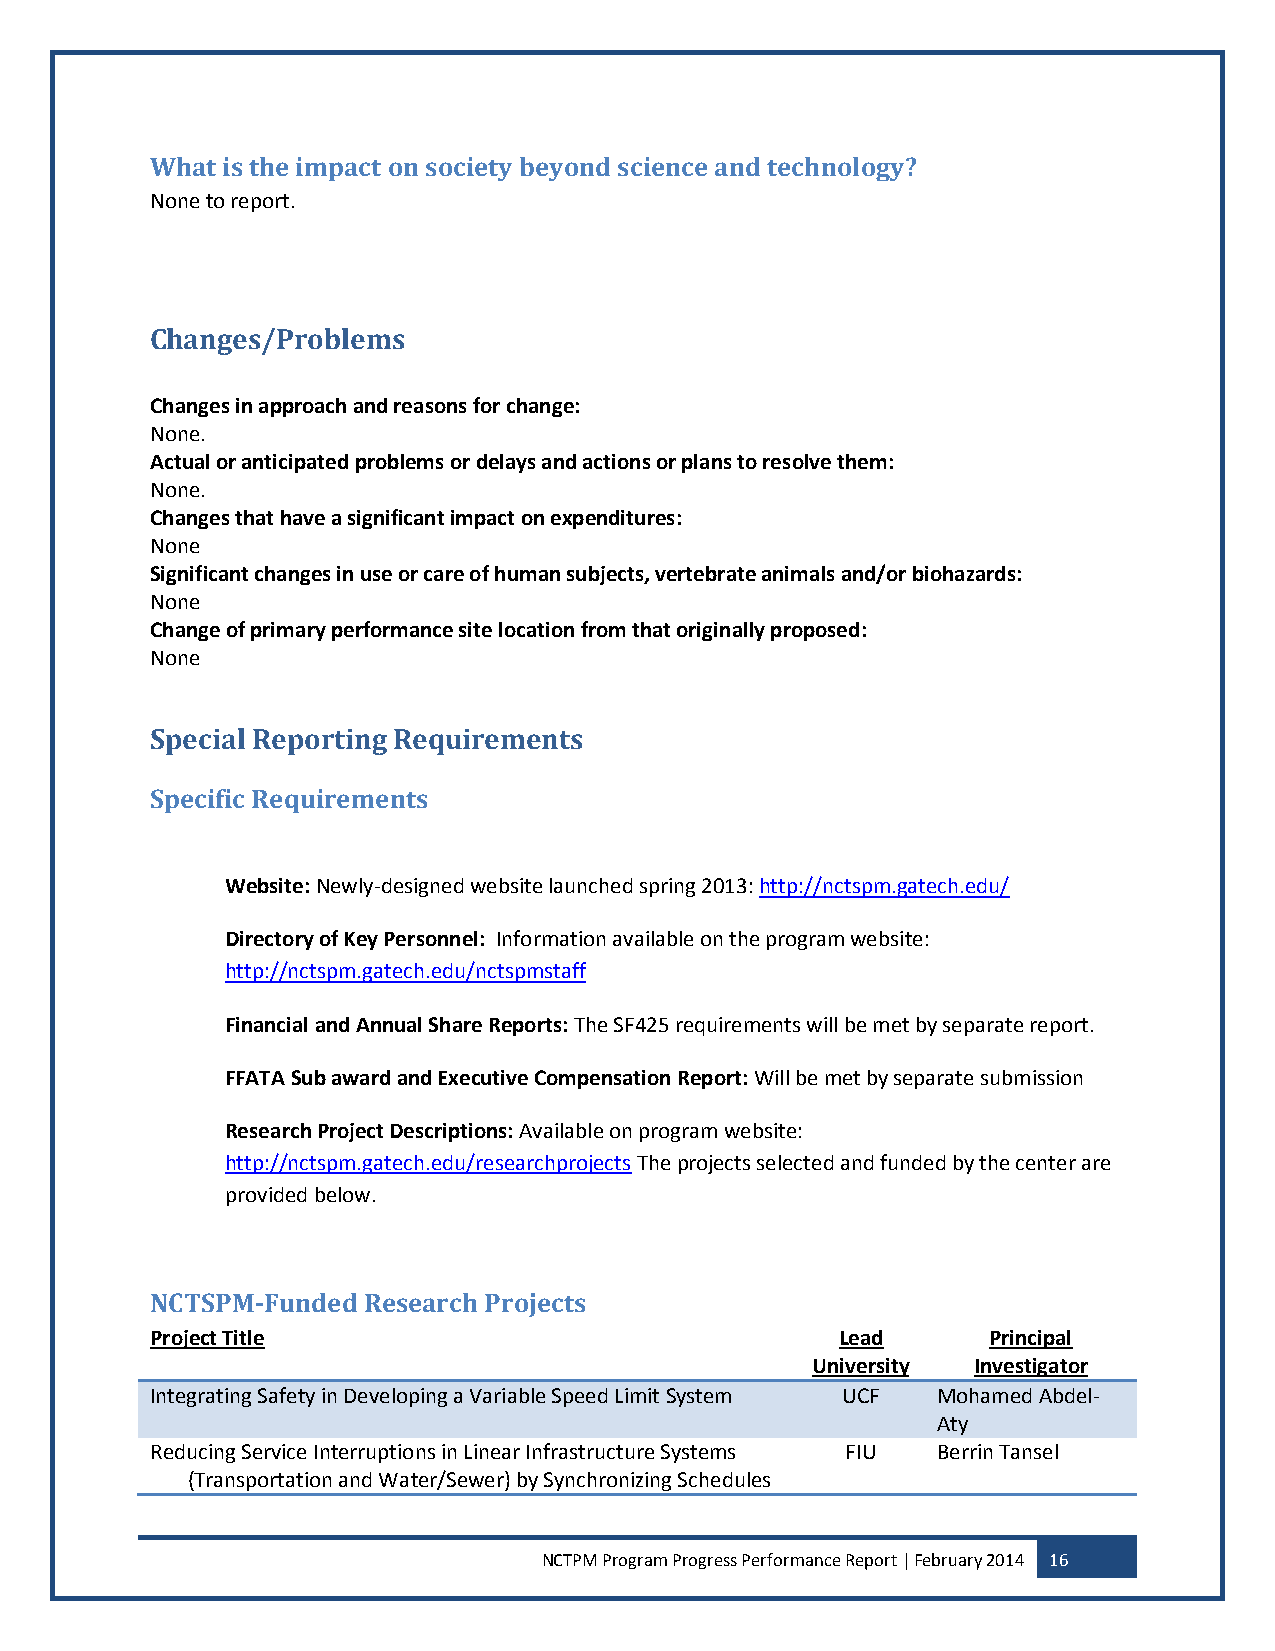
What is the impact on society beyond science and technology?
 None to report.
 Changes/Problems
 Changes in approach and reasons for change:
 None.
 Actual or anticipated problems or delays and actions or plans to resolve them:
 None.
 Changes that have a significant impact on expenditures:
 None
 Significant changes in use or care of human subjects, vertebrate animals and/or biohazards:
 None
 Change of primary performance site location from that originally proposed:
 None
 Special Reporting Requirements
 Specific Requirements
 Website: Newly-designed website launched spring 2013: http://nctspm.gatech.edu/
 Directory of Key Personnel: Information available on the program website:
 http://nctspm.gatech.edu/nctspmstaff
 Financial and Annual Share Reports: The SF425 requirements will be met by separate report.
 FFATA Sub award and Executive Compensation Report: Will be met by separate submission
 Research Project Descriptions: Available on program website:
 http://nctspm.gatech.edu/researchprojects The projects selected and funded by the center are
 provided below.
 NCTSPM-Funded Research Projects
 Project Title                                 Lead      Principal
 University Investigator
 Integrating Safety in Developing a Variable Speed Limit System UCF Mohamed Abdel-
 Aty
 Reducing Service Interruptions in Linear Infrastructure Systems FIU Berrin Tansel
 (Transportation and Water/Sewer) by Synchronizing Schedules
 NCTPM Program Progress Performance Report | February 2014 16